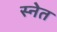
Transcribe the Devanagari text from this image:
स्नेत